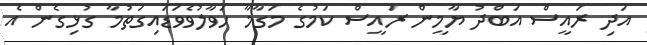
އަދި ރައީސް އަބްދު ޔާމީން ރައީސް ކަމުގެ މަގާމާ ހަވާލުވެވަޑައިގަތުމާ ގުޅިގެން އެ